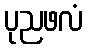
ပုညဖလံ